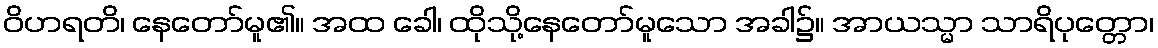
ဝိဟရတိ၊ နေတော်မူ၏။ အထ ခေါ၊ ထိုသို့နေတော်မူသော အခါ၌။ အာယသ္မာ သာရိပုတ္တော၊